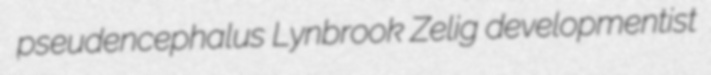
pseudencephalus Lynbrook Zelig developmentist